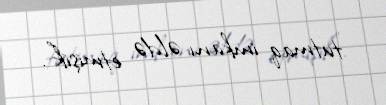
tutmaq imkanı əldə etmişik”.